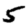
Digit: 5